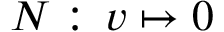
N : \, v \mapsto 0